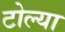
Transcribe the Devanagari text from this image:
टोल्या